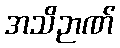
အသိဉာဏ်